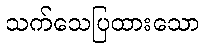
သက်သေပြထားသော